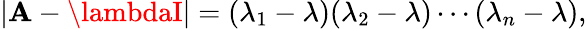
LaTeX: |\mathbf{A}-\lambdaI|=(\lambda_{1}-\lambda)(\lambda_{2}-\lambda)\cdots(\lambda_{n}-\lambda),